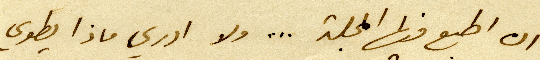
ان اطبع فيها المجلة... ولا ادرى ماذا يطوي